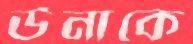
উনাকে